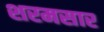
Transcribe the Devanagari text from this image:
शरमसार